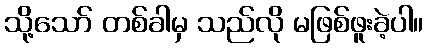
သို့သော် တစ်ခါမှ သည်လို မဖြစ်ဖူးခဲ့ပါ။